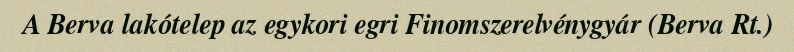
A Berva lakótelep az egykori egri Finomszerelvénygyár (Berva Rt.)